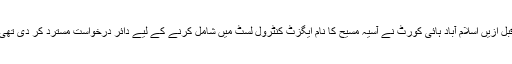
قبل ازیں اسلام آباد ہائی کورٹ نے آسیہ مسیح کا نام ایگزٹ کنٹرول لسٹ میں شامل کرنے کے لیے دائر درخواست مسترد کر دی تھی۔